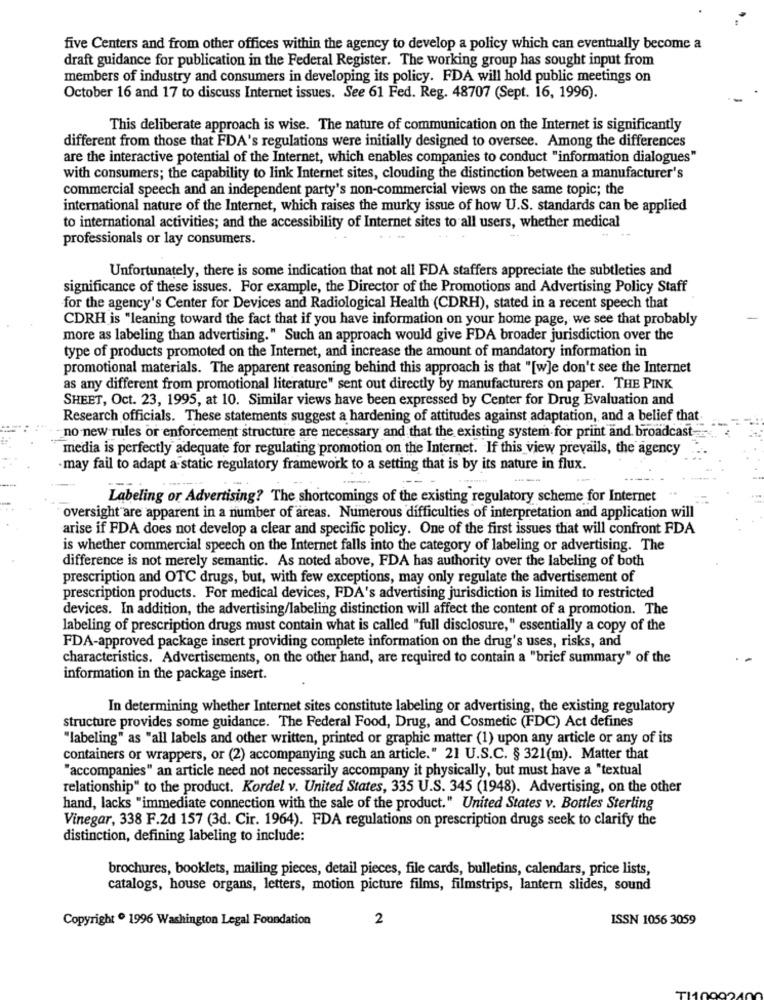
five Centers and from other offices within the agency to develop a policy which can eventually become a
draft guidance for publication in the Federal Register. The working group has sought input from
members of industry and consumers in developing its policy. FDA will hold public meetings on
October 16 and 17 to discuss Internet issues. See 61 Fed. Reg. 48707 (Sept. 16, 1996).
This deliberate approach is wise. The nature of communication on the Internet is significantly
different from those that FDA's regulations were initially designed to oversee. Among the differences
are the interactive potential of the Internet, which enables companies to conduct "information dialogues"
with consumers; the capability to link Internet sites, clouding the distinction between a manufacturer's
commercial speech and an independent party's non-commercial views on the same topic; the
international nature of the Internet, which raises the murky issue of how U.S. standards can be applied
to international activities; and the accessibility of Internet sites to all users, whether medical
professionals or lay consumers.
Unfortunately, there is some indication that not all FDA staffers appreciate the subtleties and
significance of these issues. For example, the Director of the Promotions and Advertising Policy Staff
for the agency's Center for Devices and Radiological Health (CDRH), stated in a recent speech that
CDRH is "leaning toward the fact that if you have information on your home page, we see that probably
more as labeling than advertising." Such an approach would give FDA broader jurisdiction over the
type of products promoted on the Internet, and increase the amount of mandatory information in
promotional materials. The apparent reasoning behind this approach is that "[w]e don't see the Internet
as any different from promotional literature" sent out directly by manufacturers on paper. THE PINK
SHEET, Oct. 23, 1995, at 10. Similar views have been expressed by Center for Drug Evaluation and
Research officials. These statements suggest a hardening of attitudes against adaptation, and a belief that
- no new rules or enforcement structure are necessary and that the existing system for print and broadcast
media is perfectly adequate for regulating promotion on the Internet. If this view prevails, the agency
may fail to adapt a static regulatory framework to a setting that is by its nature in flux.
Labeling or Advertising? The shortcomings of the existing regulatory scheme for Internet
oversight are apparent in a number of areas. Numerous difficulties of interpretation and application will
arise if FDA does not develop a clear and specific policy. One of the first issues that will confront FDA
is whether commercial speech on the Internet falls into the category of labeling or advertising. The
difference is not merely semantic. As noted above, FDA has authority over the labeling of both
prescription and OTC drugs, but, with few exceptions, may only regulate the advertisement of
prescription products. For medical devices, FDA's advertising jurisdiction is limited to restricted
devices. In addition, the advertising/labeling distinction will affect the content of a promotion. The
labeling of prescription drugs must contain what is called "full disclosure," essentially a copy of the
FDA-approved package insert providing complete information on the drug's uses, risks, and
characteristics. Advertisements, on the other hand, are required to contain a "brief summary" of the
information in the package insert.
In determining whether Internet sites constitute labeling or advertising, the existing regulatory
structure provides some guidance. The Federal Food, Drug, and Cosmetic (FDC) Act defines
"labeling" as "all labels and other written, printed or graphic matter (1) upon any article or any of its
containers or wrappers, or (2) accompanying such an article." 21 U.S.C. § 321(m). Matter that
"accompanies" an article need not necessarily accompany it physically, but must have a "textual
relationship" to the product. Kordel v. United States, 335 U.S. 345 (1948). Advertising, on the other
hand, lacks "immediate connection with the sale of the product." United States v. Bottles Sterling
Vinegar, 338 F.2d 157 (3d. Cir. 1964). FDA regulations on prescription drugs seek to clarify the
distinction, defining labeling to include:
brochures, booklets, mailing pieces, detail pieces, file cards, bulletins, calendars, price lists,
catalogs, house organs, letters, motion picture films, filmstrips, lantern slides, sound
Copyright º 1996 Washington Legal Foundation
2
ISSN 1056 3059